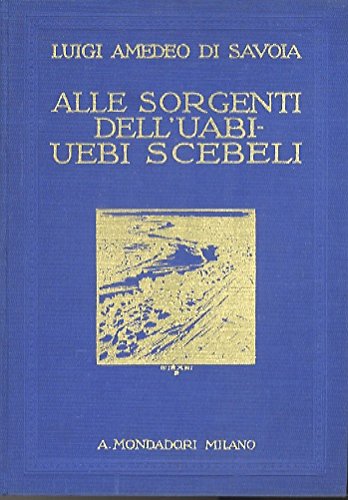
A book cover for La esplorazione dello Uabi-Uebi Scebeli dalle sue sorgenti nella Etiopia meridionale alla Somalia Italiana (1928-29).; Luigi Amedeo di Savoia-Aosta. Duca degli Abruzzi; Travel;